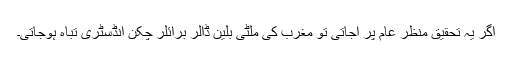
اگر یہ تحقیق منظر عام پر آجاتی تو مغرب کی ملٹی بلین ڈالر برائلر چکن انڈسٹری تباہ ہوجاتی۔